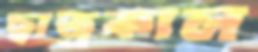
ছাত্রকাল